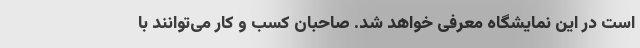
است در این نمایشگاه معرفی خواهد شد. صاحبان کسب و کار می‌توانند با